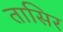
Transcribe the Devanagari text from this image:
तासिर